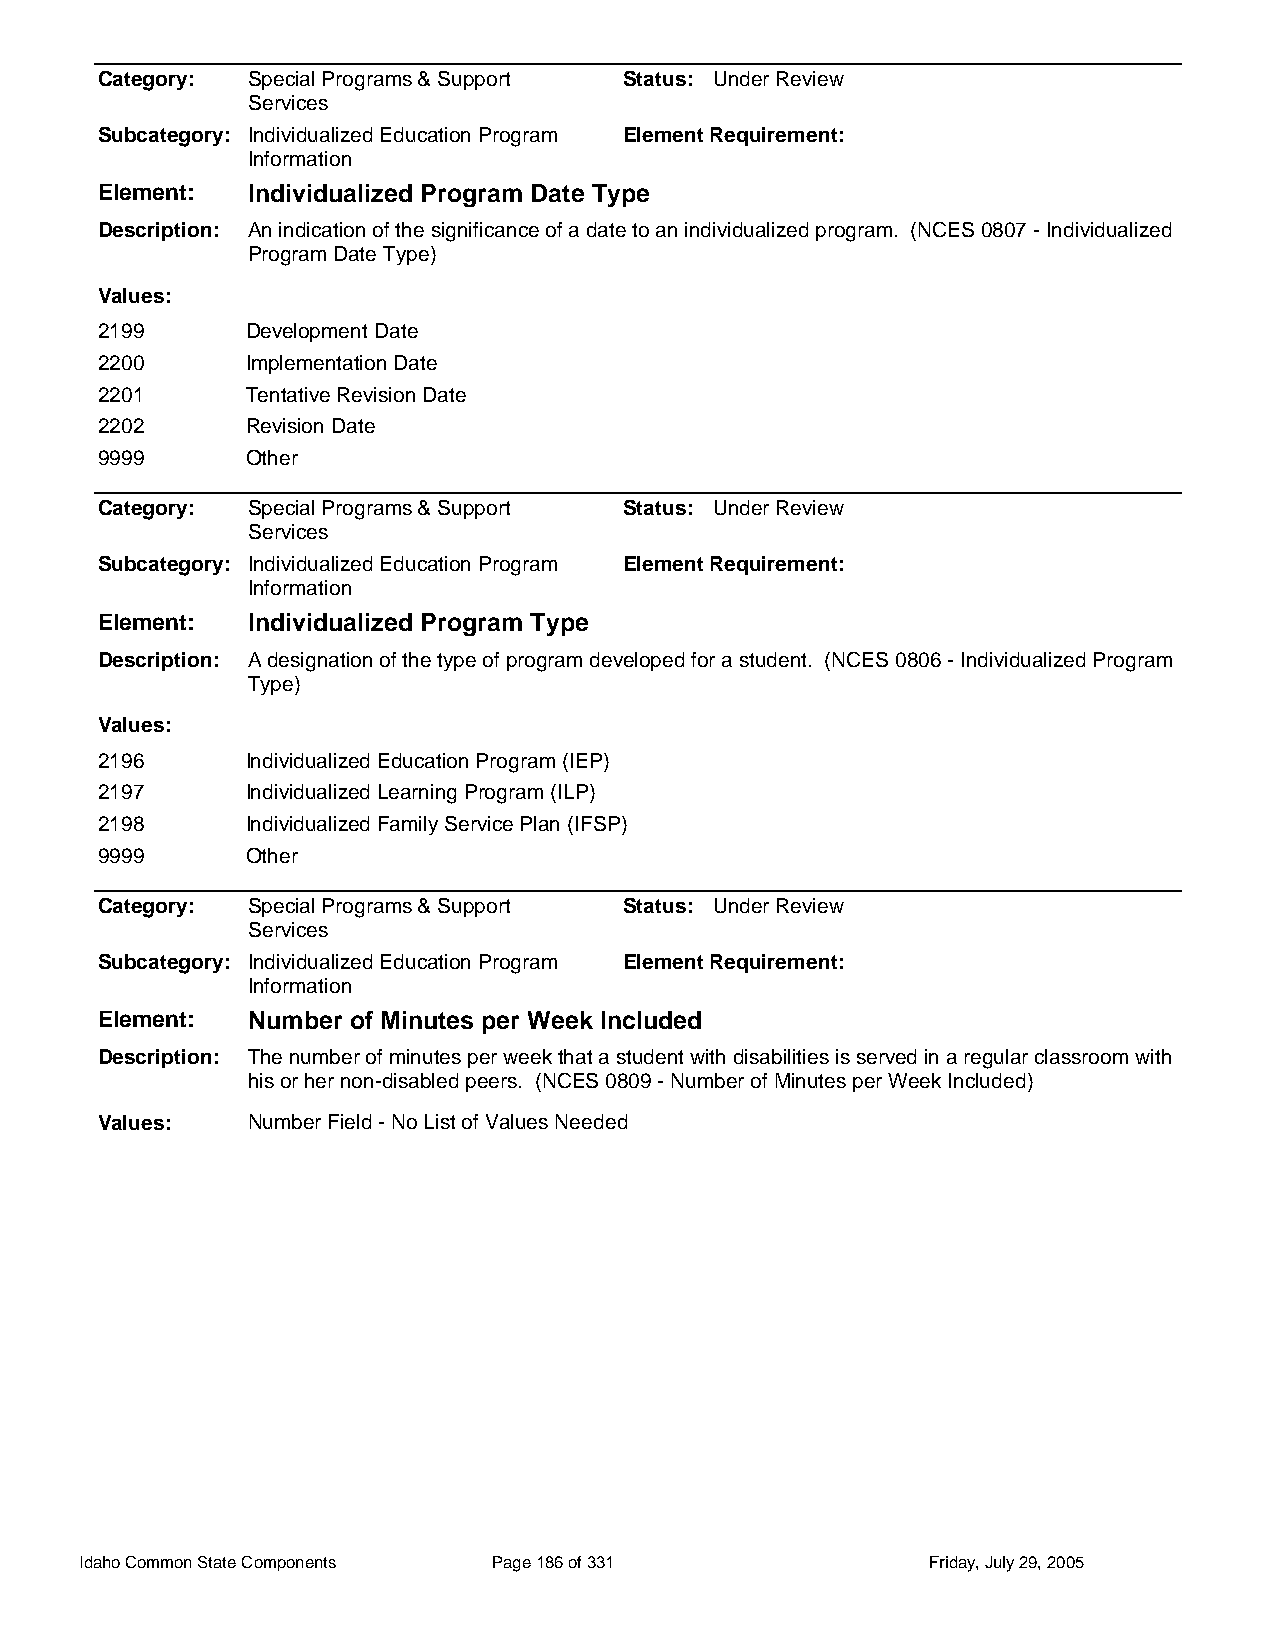
Category: Special Programs & Support Status: Under Review
 Services
 Subcategory: Individualized Education Program Element Requirement:
 Information
 Element:  Individualized Program Date Type
 Description: An indication of the significance of a date to an individualized program. (NCES 0807 - Individualized
 Program Date Type)
 Values:
 2199      Development Date
 2200      Implementation Date
 2201      Tentative Revision Date
 2202      Revision Date
 9999      Other
 Category: Special Programs & Support Status: Under Review
 Services
 Subcategory: Individualized Education Program Element Requirement:
 Information
 Element:  Individualized Program Type
 Description: A designation of the type of program developed for a student. (NCES 0806 - Individualized Program
 Type)
 Values:
 2196      Individualized Education Program (IEP)
 2197      Individualized Learning Program (ILP)
 2198      Individualized Family Service Plan (IFSP)
 9999      Other
 Category: Special Programs & Support Status: Under Review
 Services
 Subcategory: Individualized Education Program Element Requirement:
 Information
 Element:  Number of Minutes per Week Included
 Description: The number of minutes per week that a student with disabilities is served in a regular classroom with
 his or her non-disabled peers. (NCES 0809 - Number of Minutes per Week Included)
 Values:   Number Field - No List of Values Needed
 Idaho Common State Components Page 186 of 331           Friday, July 29, 2005